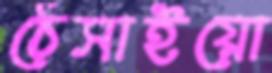
ঠেসাইয়ো